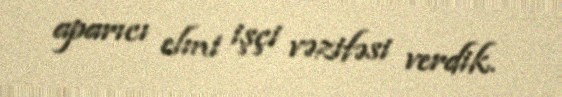
aparıcı elmi işçi vəzifəsi verdik.